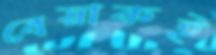
বেয়াকই